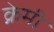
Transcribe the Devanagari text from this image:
क्रेमी